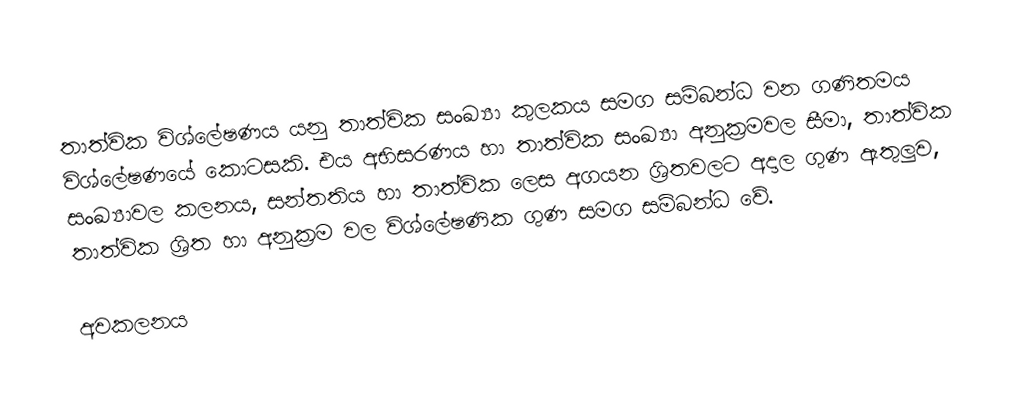
තාත්වික විශ්ලේෂණය යනු තාත්වික සංඛ්‍යා කුලකය සමග සම්බන්ධ වන ගණිතමය  විශ්ලේෂණයේ කොටසකි. එය අභිසරණය හා තාත්වික සංඛ්‍යා අනුක්‍රමවල සීමා, තාත්වික සංඛ්‍යාවල කලනය, සන්තතිය හා තාත්වික ලෙස අගයන ශ්‍රිතවලට අදාල ගුණ ඇතුලුව, තාත්වික ශ්‍රිත හා අනුක්‍රම වල විශ්ලේෂණික ගුණ සමග සම්බන්ධ වේ.

අවකලනය